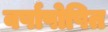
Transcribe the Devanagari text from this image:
वर्षापोषित